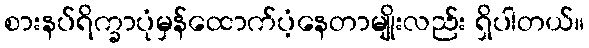
စားနပ်ရိက္ခာပုံမှန်ထောက်ပံ့နေတာမျိုးလည်း ရှိပါတယ်။